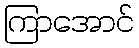
ကြာအောင်